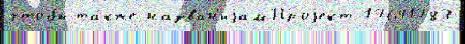
что́бы та́кже назван'иjамПроjект 17641783